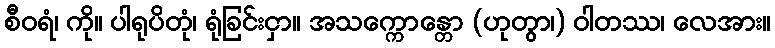
စီဝရံ၊ ကို။ ပါရုပိတုံ၊ ရုံခြင်းငှာ။ အသက္ကောန္တော (ဟုတွာ၊) ဝါတဿ၊ လေအား။